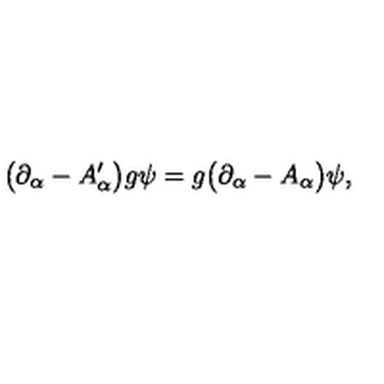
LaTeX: \bigl ( \partial _ { \alpha } - A _ { \alpha } ^ { \prime } \bigr ) g \psi = g \bigl ( \partial _ { \alpha } - A _ { \alpha } \bigr ) \psi ,